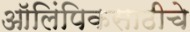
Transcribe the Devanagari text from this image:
ऑलिंपिकसाठीचे